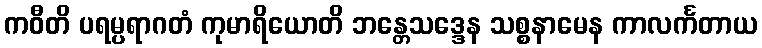
ကဝီတိ ပရမ္ပရာဂတံ ကုမာရိယောတိ ဘန္တေသဒ္ဒေန သစ္စနာမေန ကာလင်္ကတာယ